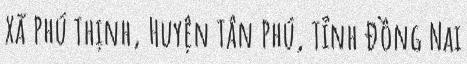
Xã Phú Thịnh, Huyện Tân Phú, Tỉnh Đồng Nai